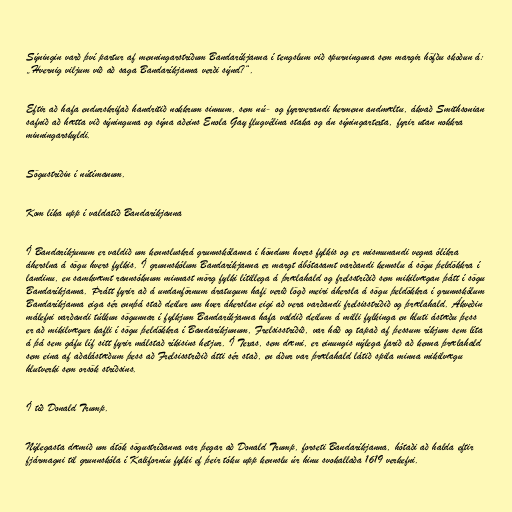
Sýningin varð því partur af menningarstríðum Bandaríkjanna í tengslum við spurninguna sem margir höfðu skoðun á:
„Hvernig viljum við að saga Bandaríkjanna verði sýnd?“.

Eftir að hafa endurskrifað handritið nokkrum sinnum, sem nú- og fyrrverandi hermenn andmæltu, ákvað Smithsonian
safnið að hætta við sýninguna og sýna aðeins Enola Gay flugvélina staka og án sýningartexta, fyrir utan nokkra
minningarskyldi.

Sögustríðin í nútímanum.

Kom líka upp í valdatíð Bandaríkjanna

Í Bandaríkjunum er valdið um kennsluskrá grunnskólanna í höndum hvers fylkis og er mismunandi vegna ólíkra
áherslna á sögu hvers fylkis. Í grunnskólum Bandaríkjanna er margt ábótasamt varðandi kennslu á sögu þeldökkra í
landinu, en samkvæmt rannsóknum minnast mörg fylki lítillega á þrælahald og frelsstríðið sem mikilvægan þátt í sögu
Bandaríkjanna. Þrátt fyrir að á undanförnum áratugum hafi verið lögð meiri áhersla á sögu þeldökkra í grunnskólum
Bandaríkjanna eiga sér ennþá stað deilur um hver áherslan eigi að vera varðandi frelsisstríðið og þrælahald. Ákveðin
málefni varðandi túlkun sögunnar í fylkjum Bandaríkjanna hafa valdið deilum á milli fylkinga en hluti ástæðu þess
er að mikilvægur kafli í sögu þeldökkra í Bandaríkjunum, Frelsisstríðið, var háð og tapað af þessum ríkjum sem líta
á þá sem gáfu líf sitt fyrir málstað ríkisins hetjur. Í Texas, sem dæmi, er einungis nýlega farið að kenna þrælahald
sem eina af aðalástæðum þess að Frelsisstríðið átti sér stað, en áður var þrælahald látið spila minna mikilvægu
hlutverki sem orsök stríðsins.

Í tíð Donald Trump.

Nýlegasta dæmið um átök sögustríðanna var þegar að Donald Trump, forseti Bandaríkjanna, hótaði að halda eftir
fjármagni til grunnskóla í Kaliforníu fylki ef þeir tóku upp kennslu úr hinu svokallaða 1619 verkefni.